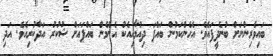
ބައިވެރިންނަށް ބުނެދީފައެވެ. އެހެންކަމުން ބައްޕަ ދިއުމާއިއެކު އެންމެން ބައްޕައަށް ޝުކުރު އަދާކުރިއެވެ. އަދި